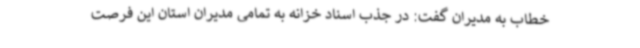
خطاب به مدیران گفت: در جذب اسناد خزانه به تمامی مدیران استان این فرصت